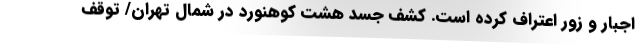
اجبار و زور اعتراف کرده است. کشف جسد هشت کوهنورد در شمال تهران/ توقف